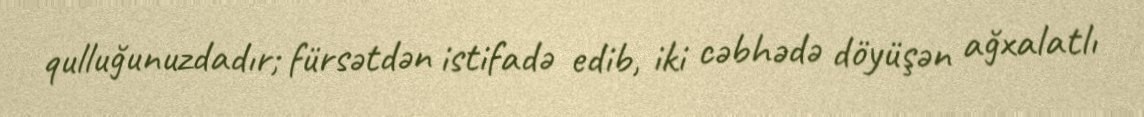
qulluğunuzdadır; fürsətdən istifadə edib, iki cəbhədə döyüşən ağxalatlı